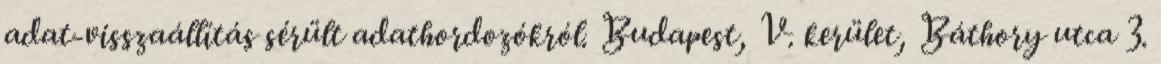
adat-visszaállítás sérült adathordozókról. Budapest, V. kerület, Báthory utca 3.